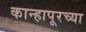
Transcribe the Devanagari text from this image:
कान्हापूरच्या